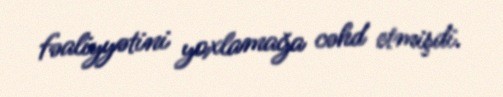
fəaliyyətini yoxlamağa cəhd etmişdi.